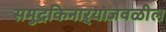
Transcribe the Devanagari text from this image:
समुद्रकिनाऱ्याजवळील